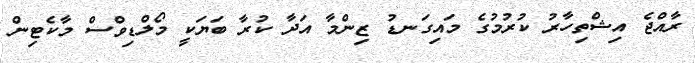
ރާއްޖެ އިޝްތިހާރު ކުރުމުގެ މައިގަނޑު ޒިންމާ އަދާ ކުރާ ބަޔަކީ މޯލްޑިވްސް މާކެޓިން